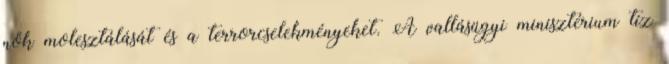
nők molesztálását és a terrorcselekményeket. A vallásügyi minisztérium tíz